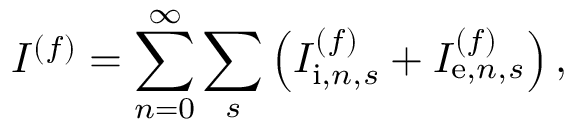
I ^ { ( f ) } = \sum _ { n = 0 } ^ { \infty } \sum _ { s } \left( I _ { \mathrm { i } , n , s } ^ { ( f ) } + I _ { \mathrm { e } , n , s } ^ { ( f ) } \right) ,